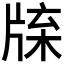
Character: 𤗊